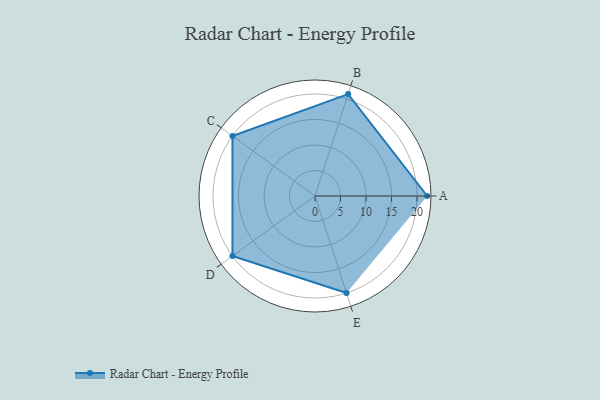
{"axis": {"x": "Skill", "y": "Score"}, "legend": ["Profile"], "data": [{"x": "A", "y": 22.0, "type": "Profile"}, {"x": "B", "y": 21.0, "type": "Profile"}, {"x": "C", "y": 20, "type": "Profile"}, {"x": "D", "y": 20, "type": "Profile"}, {"x": "E", "y": 20, "type": "Profile"}]}